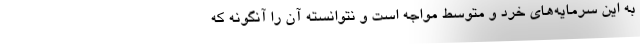
به این سرمایه‌های خرد و متوسط مواجه است و نتوانسته آن را آنگونه که